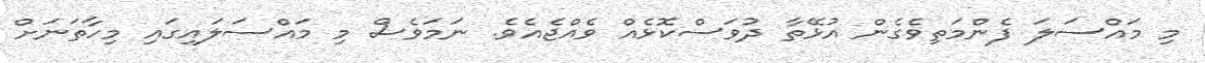
މި މައްސަލަ ފެންމަތިވެގެން އުޅޭތާ ދުވަސްކޮޅެއް ވެއްޖެއެވެ. ނަމަވެސް މި މައްސަލައިގައި މިހާތަނަށް